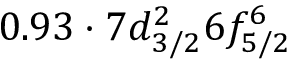
0 . 9 3 \cdot 7 d _ { 3 / 2 } ^ { 2 } 6 f _ { 5 / 2 } ^ { 6 }